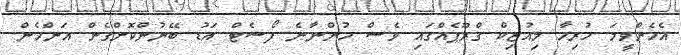
އެހެންވީމަ ހުރިހާ މިއުޒިކް ގްރޫޕެއްގައި ވެސް ހުންނާނެ ފޯސެޓް އަޑު ބޭނުންކޮށްގެން އަންހެން